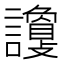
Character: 𧭦